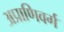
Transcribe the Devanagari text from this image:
अप्राणिवर्ग